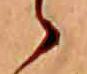
ゝ